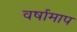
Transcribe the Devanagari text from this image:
वर्षामाप